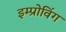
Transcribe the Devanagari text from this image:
इम्प्रोविंग